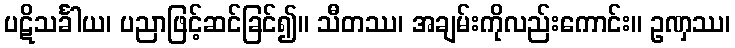
ပဋိသင်္ခါယ၊ ပညာဖြင့်ဆင်ခြင်၍။ သီတဿ၊ အချမ်းကိုလည်းကောင်း။ ဥဏှဿ၊